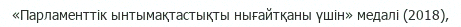
«Парламенттік ынтымақтастықты нығайтқаны үшін» медалі (2018),